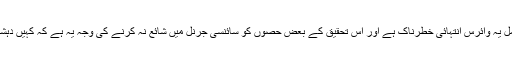
ان سائنسدانوں کا خیال ہے کہ مصنوعی تبدیلوں کا حامل یہ وائرس انتہائی خطرناک ہے اور اس تحقیق کے بعض حصوں کو سائنسی جرنل میں شائع نہ کرنے کی وجہ یہ ہے کہ کہیں دہشت گرد یا انتہا پسند ان تکنیکس سے واقف نہ ہو جائیں۔